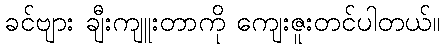
ခင်ဗျား ချီးကျူးတာကို ကျေးဇူးတင်ပါတယ်။